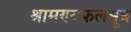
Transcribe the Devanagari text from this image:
श्रामण्यफलसूत्र